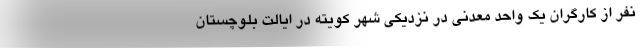
نفر از کارگران یک واحد معدنی در نزدیکی شهر کویته در ایالت بلوچستان